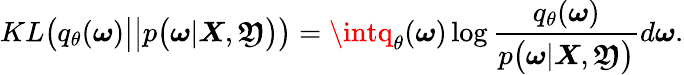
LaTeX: KL\big(q_{\theta}(\boldsymbol{\omega})\big|\big|p\big(\boldsymbol{\omega}|\boldsymbol{X},\boldsymbol{\mathfrak{Y}}\big)\big)=\intq_{\theta}(\boldsymbol{\omega})\log\frac{{q_{\theta}(\boldsymbol{\omega})}}{{p\big(\boldsymbol{\omega}|\boldsymbol{X},\boldsymbol{\mathfrak{Y}}\big)}}d\boldsymbol{\omega}.